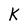
Character: K